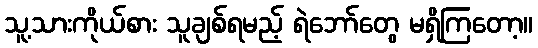
သူ့သားကိုယ်စား သူချစ်ရမည့် ရဲဘော်တွေ မရှိကြတော့။